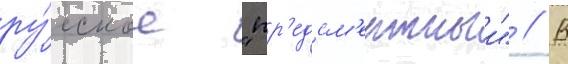
ру́сское "пр'едсм'ертныи" // В